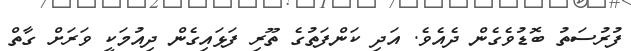
ފުރުސަތު ބޮޑުވެގެން ދެއެވެ. އަދި ކަންފަތުގެ ތޫރި ފަޅައިގެން ދިއުމަކީ ވަރަށް ގާތް